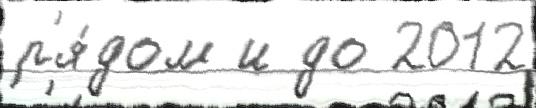
р'я́дом и до 2012